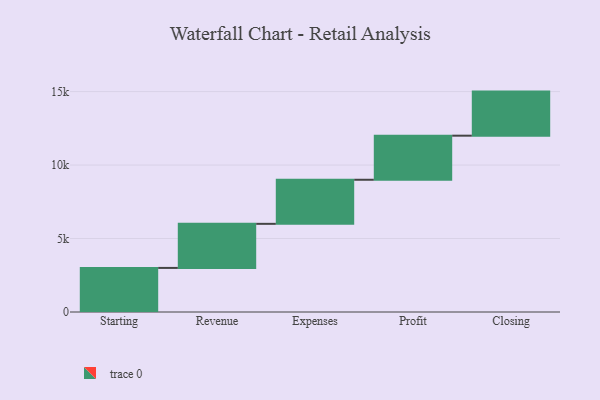
{"axis": {"x": "Step", "y": "Value"}, "legend": [""], "data": [{"x": "Starting", "y": 3000, "type": ""}, {"x": "Revenue", "y": 3000, "type": ""}, {"x": "Expenses", "y": 3000, "type": ""}, {"x": "Profit", "y": 3000, "type": ""}, {"x": "Closing", "y": 3000, "type": ""}]}